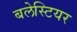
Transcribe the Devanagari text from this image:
बलेस्टियर